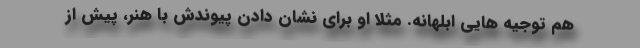
هم توجیه هایی ابلهانه. مثلا او برای نشان دادن پیوندش با هنر، پیش از